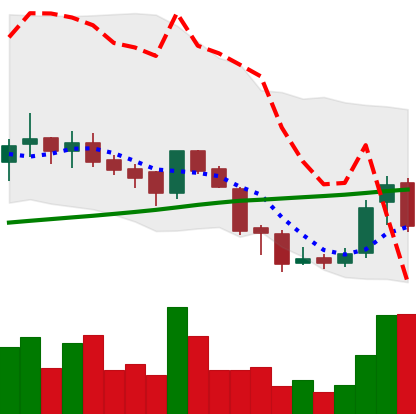
Ticker: BNB-USD
Chart end date: 2018-07-18
Forward return: -6.568%
Label: down_5_7